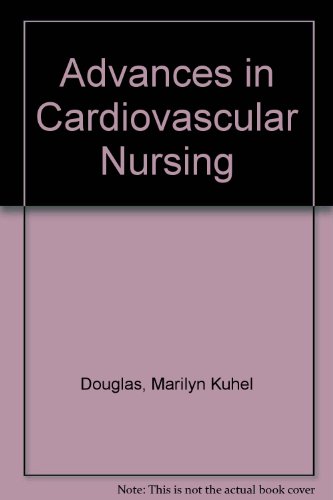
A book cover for Advances in Cardiovascular Nursing; Marilyn Kuhel Douglas; Medical Books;